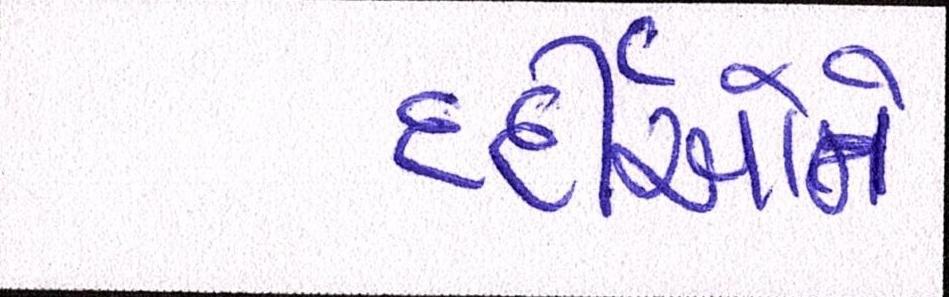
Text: દર્દીઓને